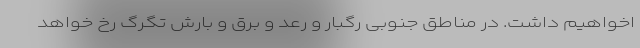
اخواهیم داشت. در مناطق جنوبی رگبار و رعد و برق و بارش تگرگ رخ خواهد